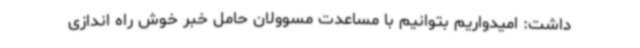
داشت: امیدواریم بتوانیم با مساعدت مسوولان حامل خبر خوش راه اندازی